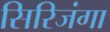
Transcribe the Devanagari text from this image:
सिरिजंगा